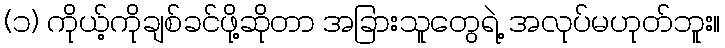
(၁) ကိုယ့်ကိုချစ်ခင်ဖို့ဆိုတာ အခြားသူတွေရဲ့ အလုပ်မဟုတ်ဘူး။